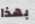
بهذا